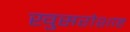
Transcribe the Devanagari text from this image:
खुसरोशाह